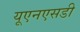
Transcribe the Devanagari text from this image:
यूएनएसडी